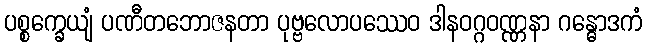
ပစ္စက္ခေယျံ ပဏီတဘောဇနတာ ပုဗ္ဗလောပဿေဝ ဒါနဝဂ္ဂဝဏ္ဏနာ ဂန္ဓောဒကံ